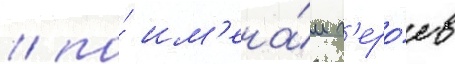
/ по́ им'ена́м г'еро́ев